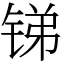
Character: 锑